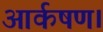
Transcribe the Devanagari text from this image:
आर्कषण।